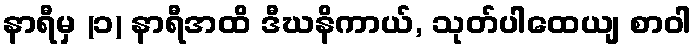
နာရီမှ (၁) နာရီအထိ ဒီဃနိကာယ်, သုတ်ပါထေယျ စာဝါ